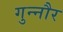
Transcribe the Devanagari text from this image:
गुन्‍नौर